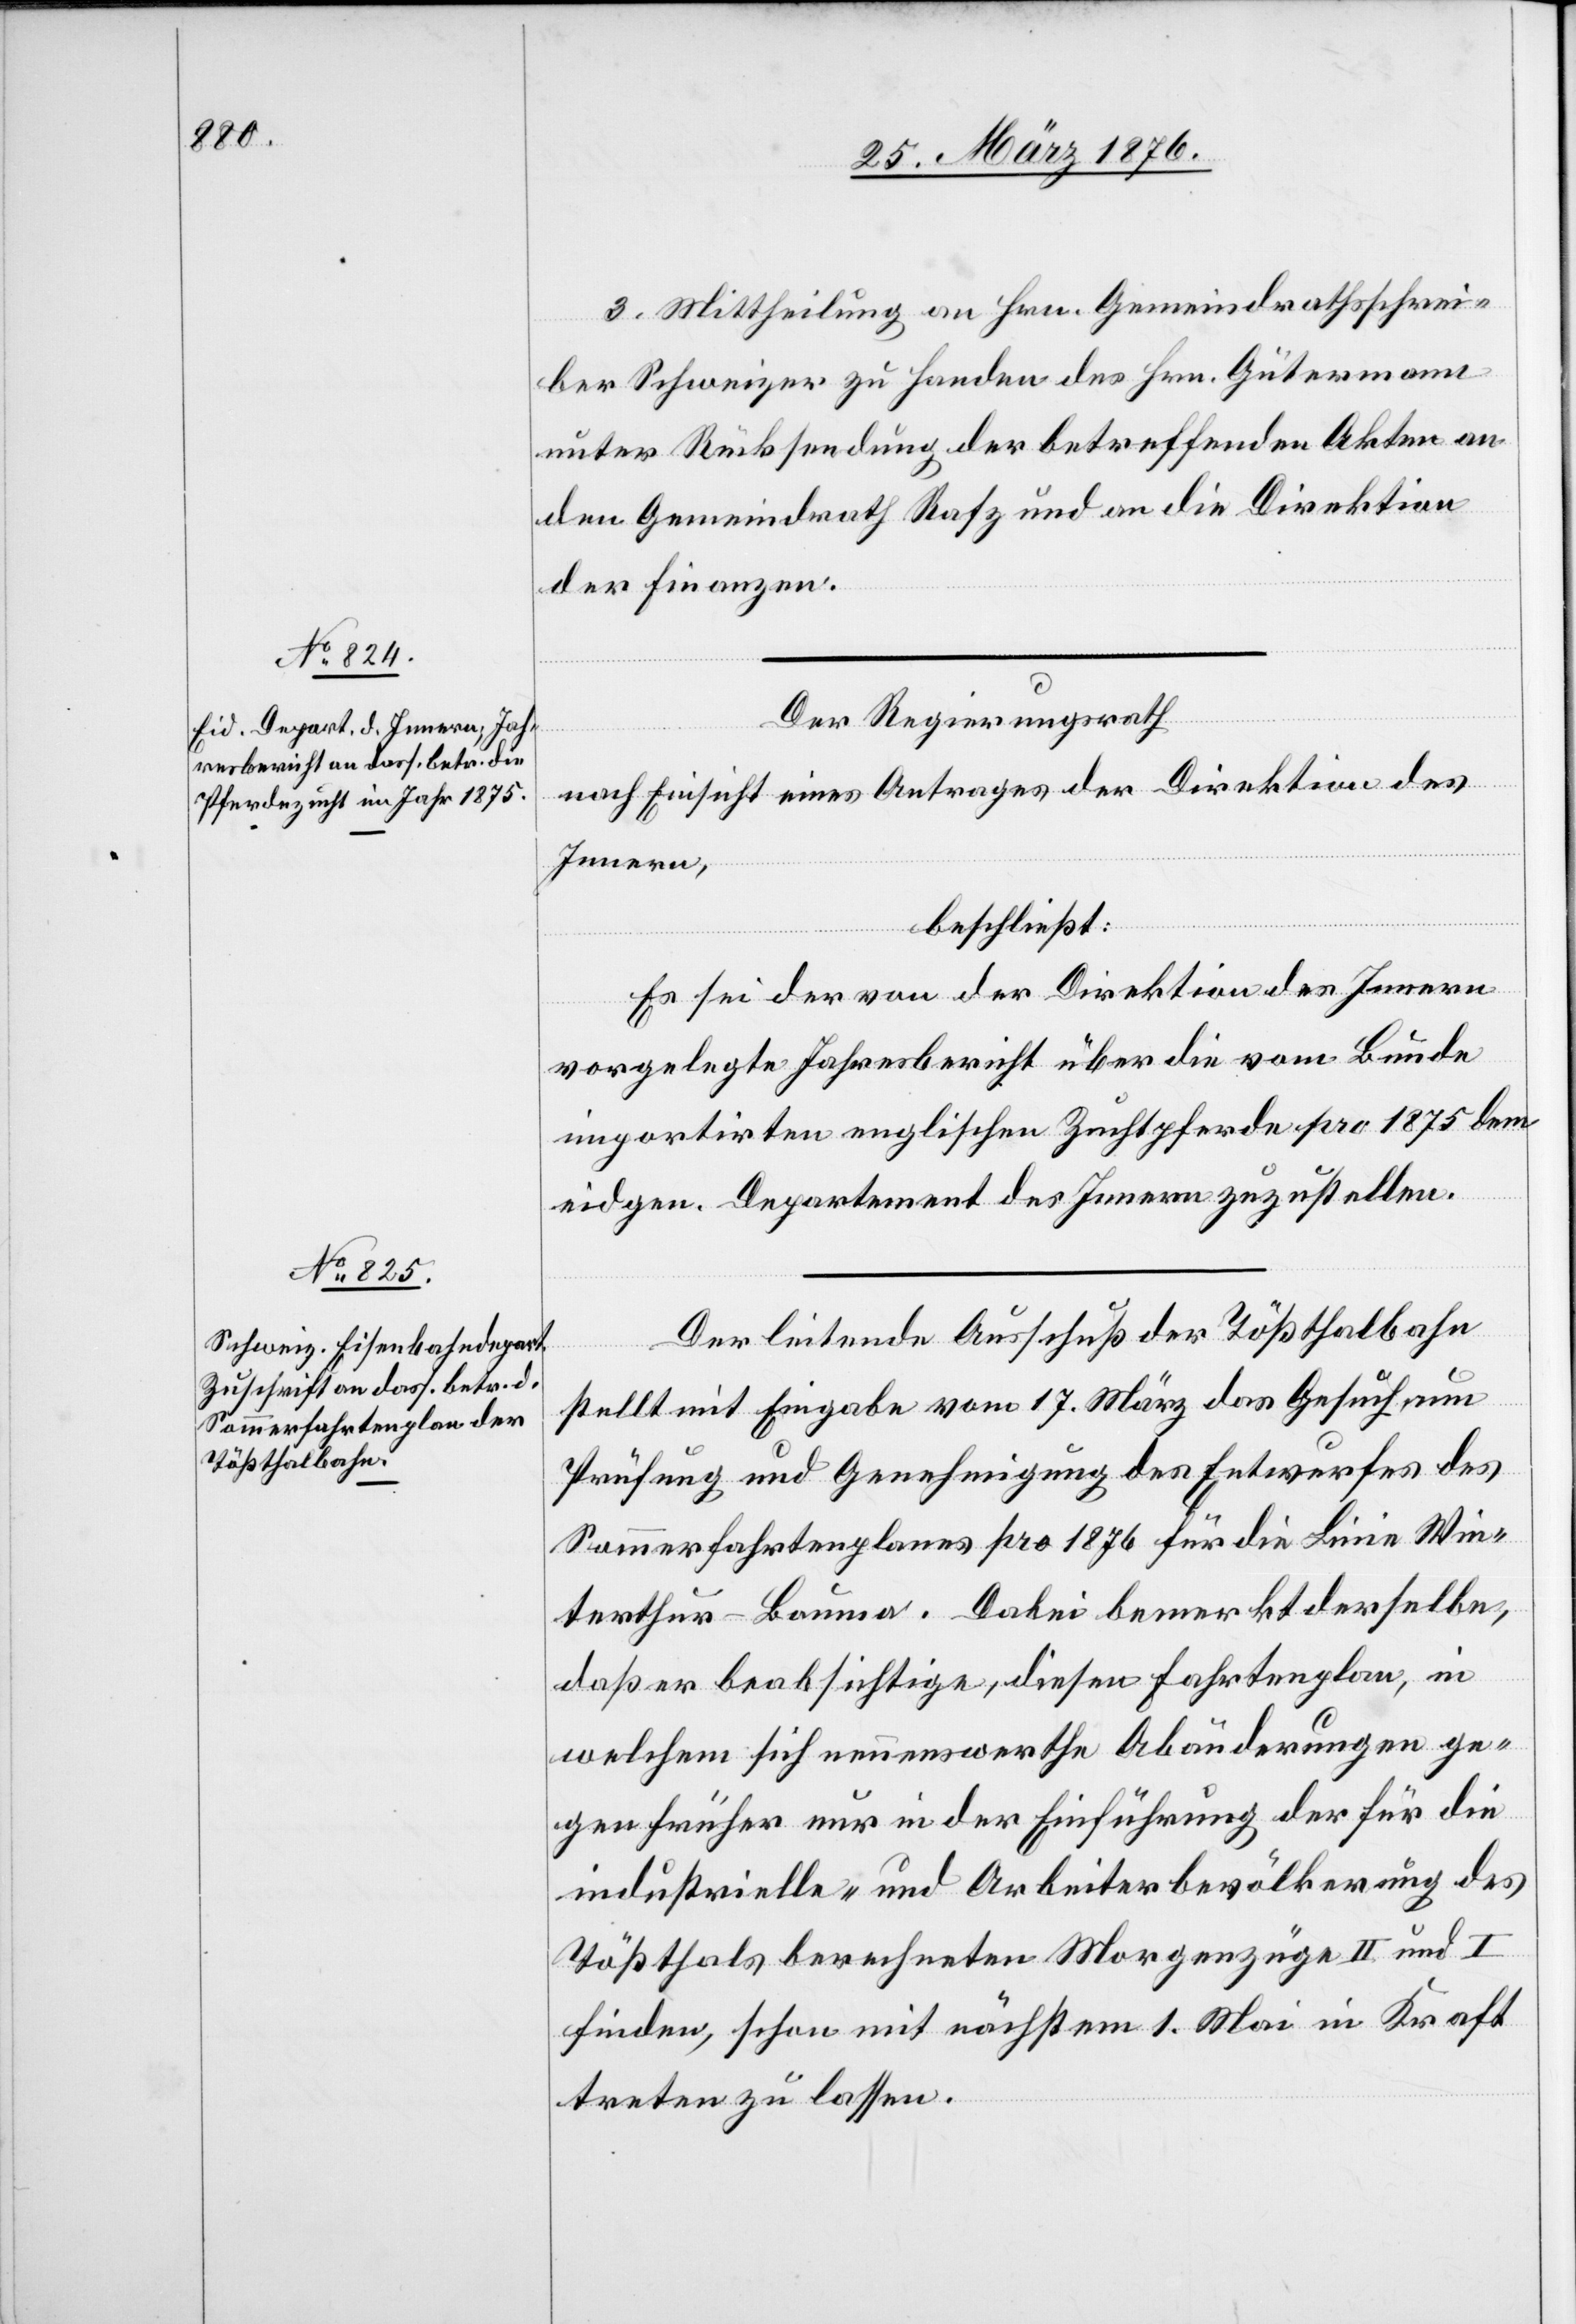
3. Mittheilung an Hrn. Gemeindrathsschrei¬
ber Schweizer zu Handen des Hrn. Gütermann
unter Rücksendung der betreffenden Akten an
den Gemeindrath Rafz und an die Direktion
der Finanzen.
Der Regierungsrath
nach Einsicht eines Antrages der Direktion des
Innern,
beschließt:
Es sei der von der Direktion des Innern
vorgelegte Jahresbericht über die vom Bunde
importirten englischen Zuchtpferde pro 1875 dem
eidgen. Departement des Innern zuzustellen.
Der leitende Ausschuß der Tößthalbahn
stellt mit Eingabe vom 17. März das Gesuch um
Prüfung und Genehmigung des Entwurfes des
Sommerfahrtenplanes pro 1876 für die Linie Win¬
terthur–Bauma. Dabei bemerkt derselbe,
daß er beabsichtige, diesen Fahrtenplan, in
welchem sich nennenswerthe Abänderungen ge¬
gen früher nur in der Einführung der für die
industrielle- [sic!] und Arbeiterbevölkerung des
Tößthals berechneten Morgenzüge II und I
finden, schon mit nächstem 1. Mai in Kraft
treten zu lassen.